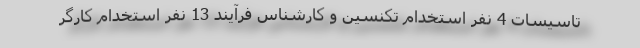
تاسیسات 4 نفر استخدام تکنسین و کارشناس فرآیند 13 نفر استخدام کارگر